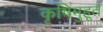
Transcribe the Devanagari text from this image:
कृषिमुहूर्त